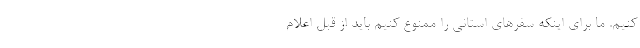
کنیم. ما برای اینکه سفرهای استانی را ممنوع کنیم باید از قبل اعلام